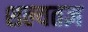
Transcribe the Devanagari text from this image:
शल्यतज्ञ